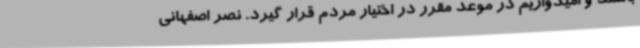
باشند و امیدواریم در موعد مقرر در اختیار مردم قرار گیرد. نصر اصفهانی